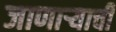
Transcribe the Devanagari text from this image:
जाणार्‍याची